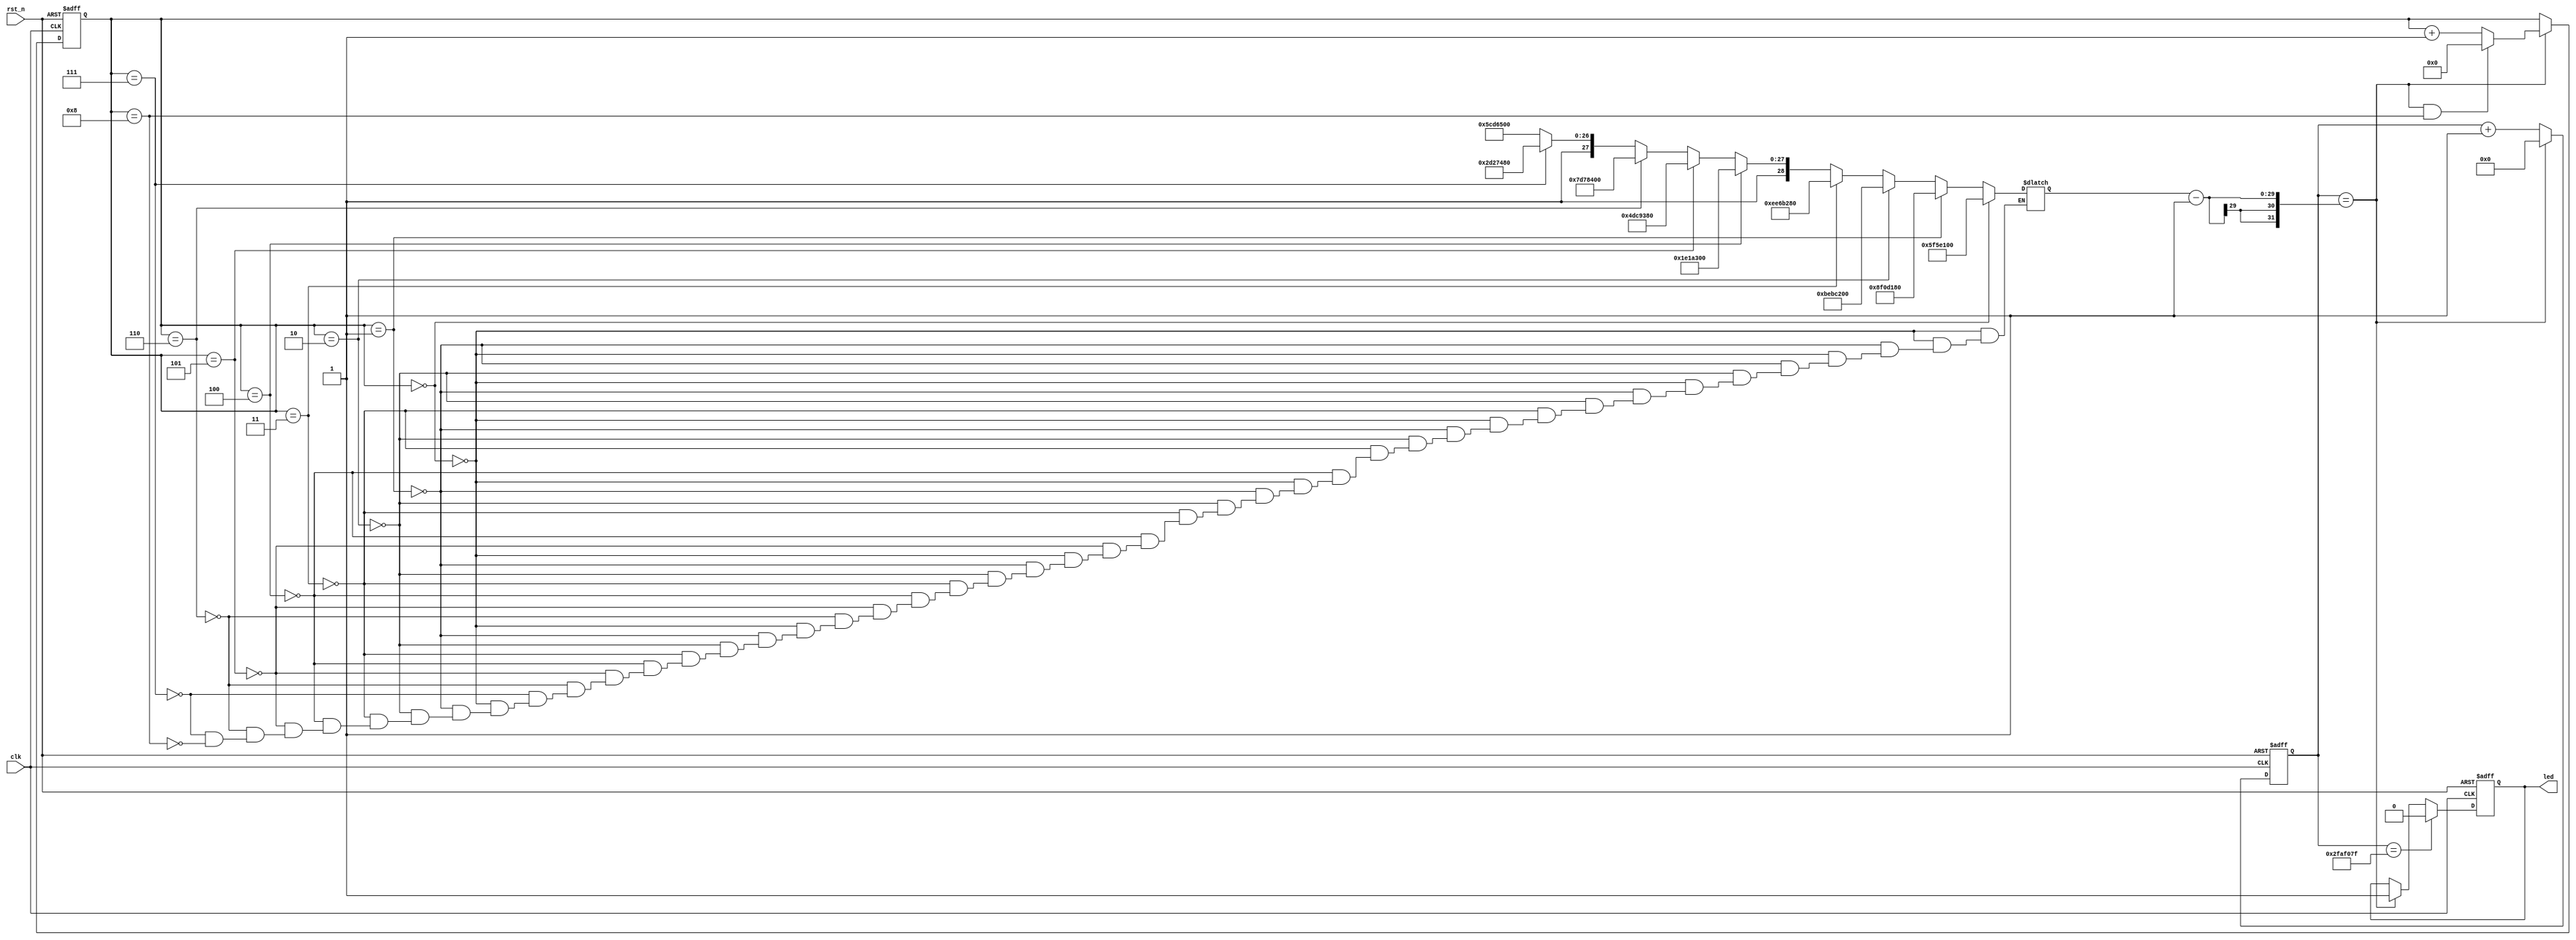
module led_flash(
	clk		,
	rst_n		,
	led		
);

	input 	clk	;
	input		rst_n	;
	output	led	;
	
	reg	[28:0]	cnt0		;
	wire 				add_cnt0	;
	wire				end_cnt0	;
	
	reg	[3:0]		cnt1		;
	wire				add_cnt1	;
	wire				end_cnt1	;
	
	reg	[28:0]	x			;
	
	reg				led		;
	
	always @( posedge clk or negedge rst_n )begin
		if( !rst_n )begin
			cnt0 <= 0;
		end
		else if( add_cnt0 )begin
			if( end_cnt0 )
				cnt0 <= 0;
			else
				cnt0 <= cnt0 + 1;
		end
	end
	
	assign add_cnt0 = 1;
	assign end_cnt0 = add_cnt0 && cnt0==x-1;
	
	always @( posedge clk or negedge rst_n )begin
		if( !rst_n )begin
			cnt1 <= 0;
		end
		else if( add_cnt1 )begin
			if( end_cnt1 )
				cnt1 <= 0;
			else
				cnt1 <= cnt1 + 1;
		end
		
	end
	
	assign add_cnt1 = end_cnt0==1;
	assign end_cnt1 = add_cnt1 && cnt1==9-1;
	
	always@(*)begin
		if( cnt1==0 )
			x = 100_000_000;
		else if( cnt1==1 )
			x = 150_000_000;
		else if( cnt1==2 )
			x = 200_000_000;
		else if( cnt1==3 )
			x = 250_000_000;
		else if( cnt1==4 )
			x = 300_000_000;
		else if( cnt1==5 )
			x = 350_000_000;
		else if( cnt1==6 )
			x = 400_000_000;
		else if( cnt1==7 )
			x = 450_000_000;
		else if( cnt1==8 )
			x = 500_000_000;
	end
	
	always @( posedge clk or negedge rst_n )begin
		if( !rst_n )begin
			led <= 1;	// led off
		end
		else if( add_cnt0 && cnt0==50_000_000-1 )begin
			led <= 0;	// led on
		end
		else if( end_cnt0 )begin
			led <= 1;	// led off
		end
	end

endmodule